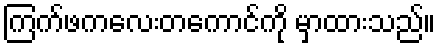
ကြက်ဖကလေးတကောင်ကို မှာထားသည်။